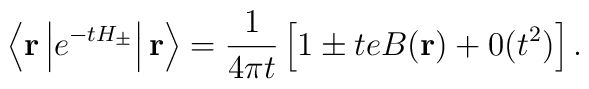
\left\langle {\bf r} \left| e^{-tH_\pm} \right|{\bf r} \right\rangle =\displaystyle\frac{1}{4\pi t} \left[1 \pm teB ({\bf r}) + 0 (t^2) \right].